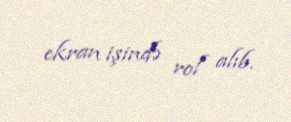
ekran işində rol alıb.